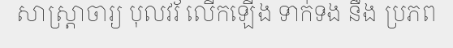
សាស្ត្រាចារ្យ បុលវរ័ លើកឡើង ទាក់ទង នឹង ប្រភព